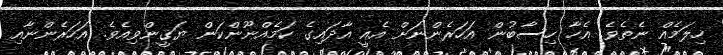
ހިލަމެއް ނެތެވެ. އެހާ ހިސާބުން އަހަރެންނަށް އެއީ އާދައިގެ ކަމެއްނޫންކަން ޔަޤީންވިއެވެ. އަހަރެންނާއި